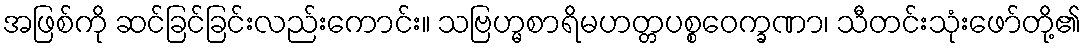
အဖြစ်ကို ဆင်ခြင်ခြင်းလည်းကောင်း။ သဗြဟ္မစာရိမဟတ္တပစ္စဝေက္ခဏာ၊ သီတင်းသုံးဖော်တို့၏